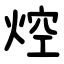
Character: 焢